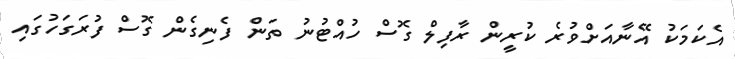
އެކަމަކު އޭނާއަށްވުރެ ކުރީން ރާފިލް ގޮސް ހުއްޓުނު ތަން ފެނިގެން ގޮސް ފުރަގަހުގައި